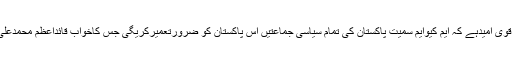
انہوں نے کہاکہ ہمیں قوی امیدہے کہ ایم کیوایم سمیت پاکستان کی تمام سیاسی جماعتیں اس پاکستان کو ضرورتعمیرکریگی جس کاخواب قائداعظم محمدعلی جناح ؒ نے دیکھا تھا۔